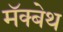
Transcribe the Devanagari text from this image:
मॅक्बेथ